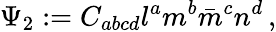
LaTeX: \Psi_{2}:=C_{abcd}l^{a}m^{b}{\bar{m}}^{c}n^{d}\, ,